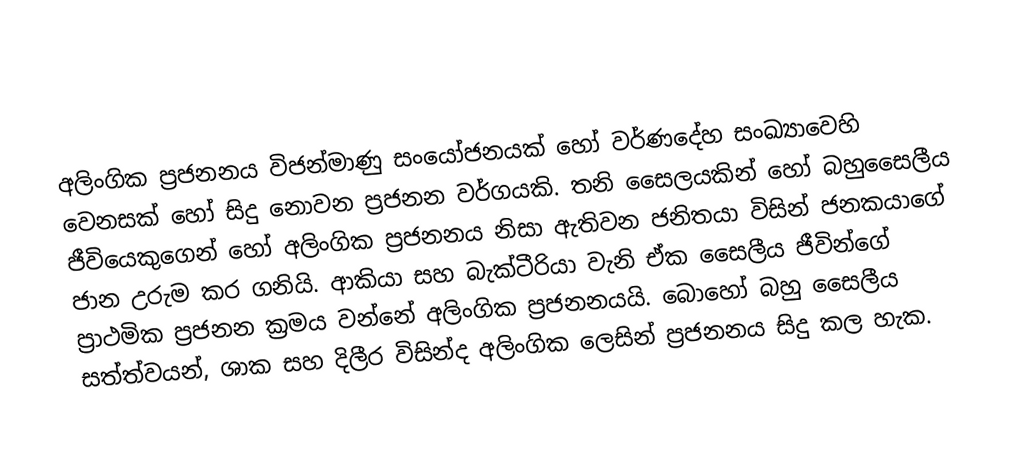
අලිංගික ප්‍රජනනය විජන්මාණු  සංයෝජනයක් හෝ වර්ණදේහ සංඛ්‍යාවෙහි වෙනසක් හෝ සිදු නොවන ප්‍රජනන වර්ගයකි. තනි සෛලයකින් හෝ  බහුසෛලීය ජීවියෙකුගෙන් හෝ අලිංගික ප්‍රජනනය නිසා ඇතිවන  ජනිතයා විසින් ජනකයාගේ ජාන උරුම කර ගනියි. ආකියා සහ බැක්ටීරියා වැනි ඒක සෛලීය ජීවින්ගේ ප්‍රාථමික ප්‍රජනන ක්‍රමය වන්‌නේ අලිංගික ප්‍රජනනයයි. බොහෝ බහු සෛලීය සත්ත්වයන්, ශාක සහ දිලීර විසින්ද අලිංගික ලෙසින් ප්‍රජනනය සිදු කල හැක.